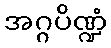
အဂ္ဂပိဏ္ဍံ